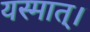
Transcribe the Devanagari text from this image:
यस्मात्।